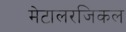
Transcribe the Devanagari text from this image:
मेटालरजिकल